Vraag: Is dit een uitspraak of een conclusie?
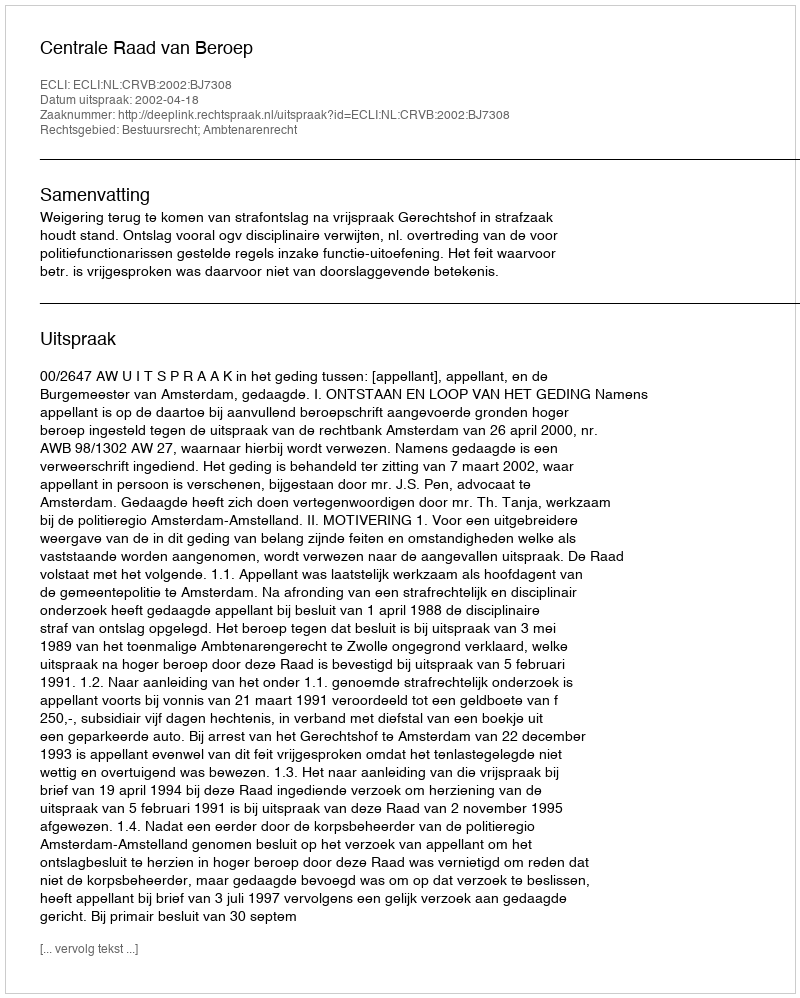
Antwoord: Uitspraak